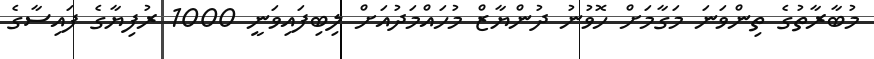
މުބާރާތުގެ ތިންވަނަ މަގާމަށް ހޮވުނު ދުންޔާޒް މުހައްމަދުއަށް ލިބިފައިވަނީ 1000 ރުފިޔާގެ ފައިސާގެ